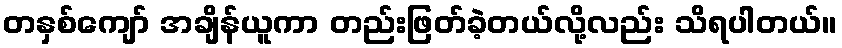
တနှစ်ကျော် အချိန်ယူကာ တည်းဖြတ်ခဲ့တယ်လို့လည်း သိရပါတယ်။